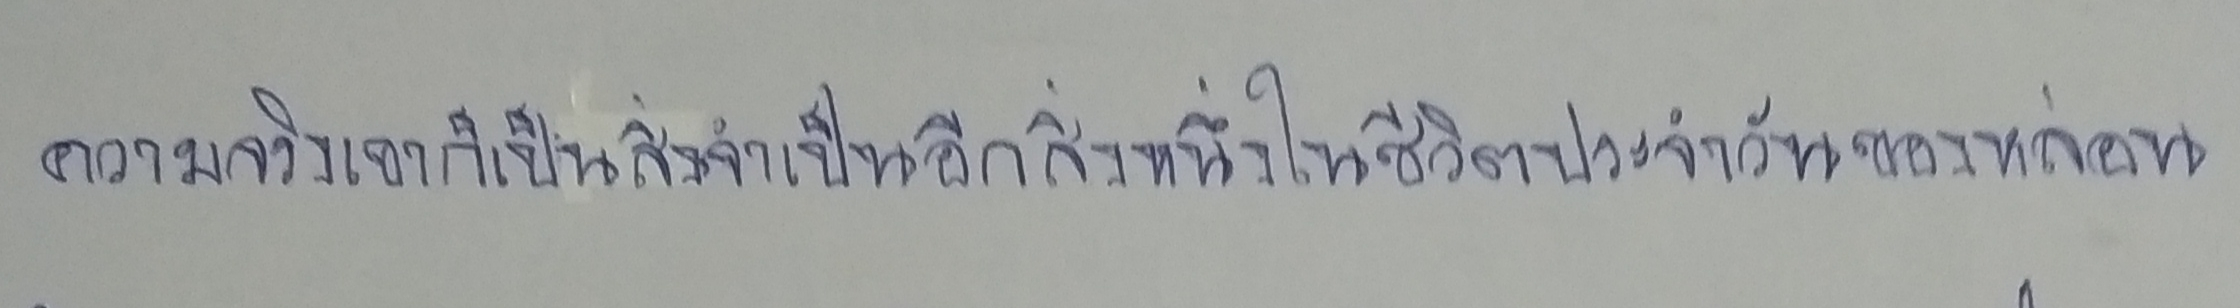
ความจริงเขาก็เป็นสิ่งจำเป็นอีกสิ่งหนึ่งในชีวิตประจำวันของหล่อน